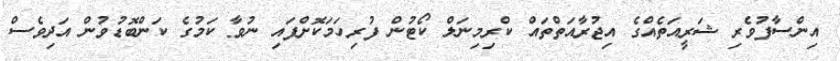
އިންސާފުވެރި ޝަރީއަތެއްގެ އިޖުރާއަތްތައް ކްރިމިނަލް ކޯޓުން ފުރިހަމަކޮށްފައި ނުވާ ކަމުގެ ކަންބޮޑުވުން އަދިވެސް